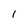
Character: l